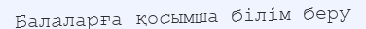
Балаларға қосымша білім беру